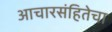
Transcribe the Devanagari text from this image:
आचारसंहितेचा